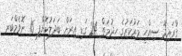
ގުރައިދޫ ސިއްހީ މަރުކަޒުގެ ހިދުމަތް 24 ގަޑި އިރަށް ބަދަލުކޮށްފި 16 ނޮވެމްބަރ